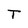
Character: T